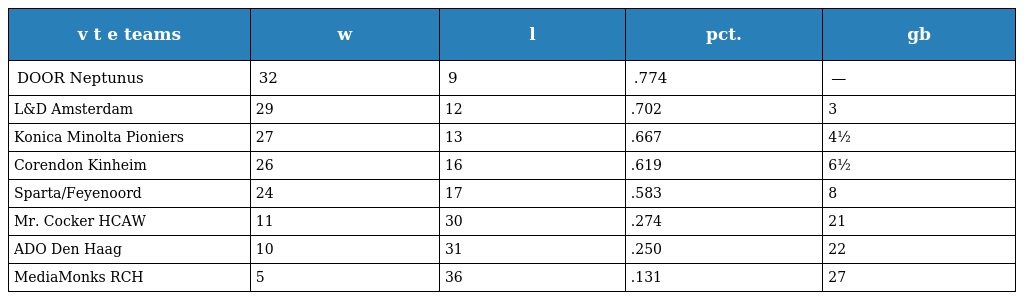
| v t e teams | w | l | pct. | gb |
 | --- | --- | --- | --- | --- |
 | DOOR Neptunus | 32 | 9 | .774 | — |
 | L&D Amsterdam | 29 | 12 | .702 | 3 |
 | Konica Minolta Pioniers | 27 | 13 | .667 | 4½ |
 | Corendon Kinheim | 26 | 16 | .619 | 6½ |
 | Sparta/Feyenoord | 24 | 17 | .583 | 8 |
 | Mr. Cocker HCAW | 11 | 30 | .274 | 21 |
 | ADO Den Haag | 10 | 31 | .250 | 22 |
 | MediaMonks RCH | 5 | 36 | .131 | 27 |